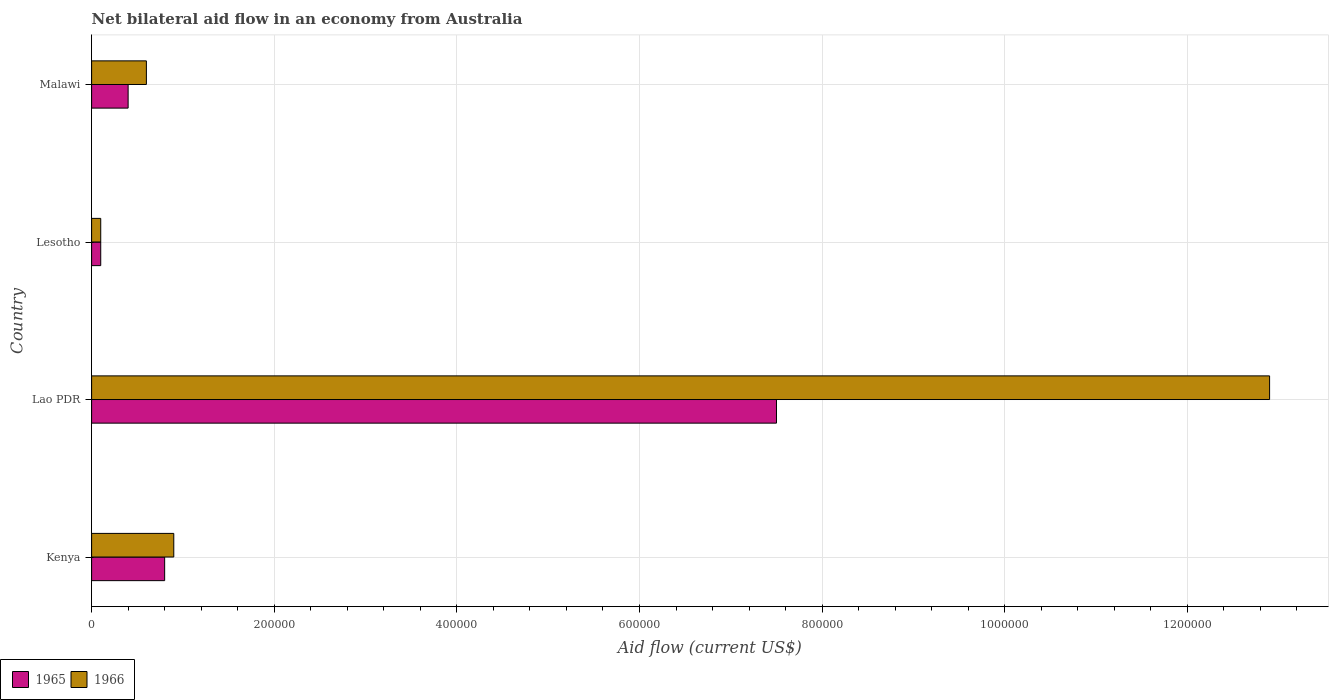
| Country | 1965 | 1966 |
 | --- | --- | --- |
 | Kenya | 8e+04 | 9e+04 |
 | Lao PDR | 7.5e+05 | 1.29e+06 |
 | Lesotho | 1e+04 | 1e+04 |
 | Malawi | 4e+04 | 6e+04 |